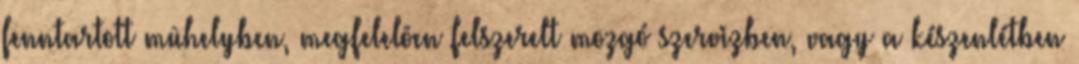
fenntartott mûhelyben, megfelelõen felszerelt mozgó szervizben, vagy a készenlétben